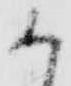
か